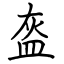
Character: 盔